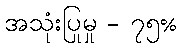
အသုံးပြုမှု - ၇၅%